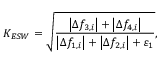
K _ { E S W } = \sqrt { \frac { \left| \Delta f _ { 3 , i } \right| + \left| \Delta f _ { 4 , i } \right| } { \left| \Delta f _ { 1 , i } \right| + \left| \Delta f _ { 2 , i } \right| + \varepsilon _ { 1 } } } ,